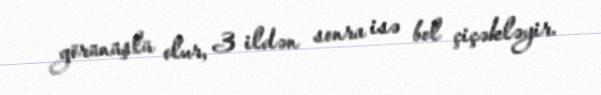
görünüşlü olur, 3 ildən sonra isə bol çiçəkləyir.